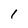
Character: 1